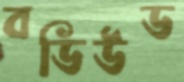
বডিউড